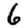
Digit: 6